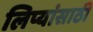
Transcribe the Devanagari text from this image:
लिप्यांसाठी